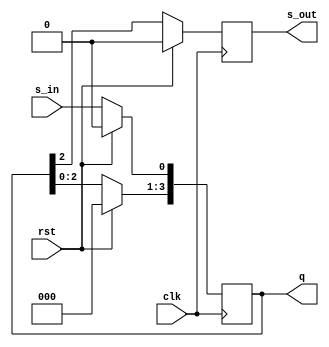
module siso(
    input clk,
    input rst,
    output reg [3:0] q,
    input s_in,
    output reg s_out
    );
    
    always @ (posedge clk)
    begin
    if(rst)
    begin
    q=4'b0000;
    s_out=1'b0;
    end
    else
    begin
        q=q<<1;
        q[0]=s_in; 
        s_out = q[3];             
    end
  end
endmodule